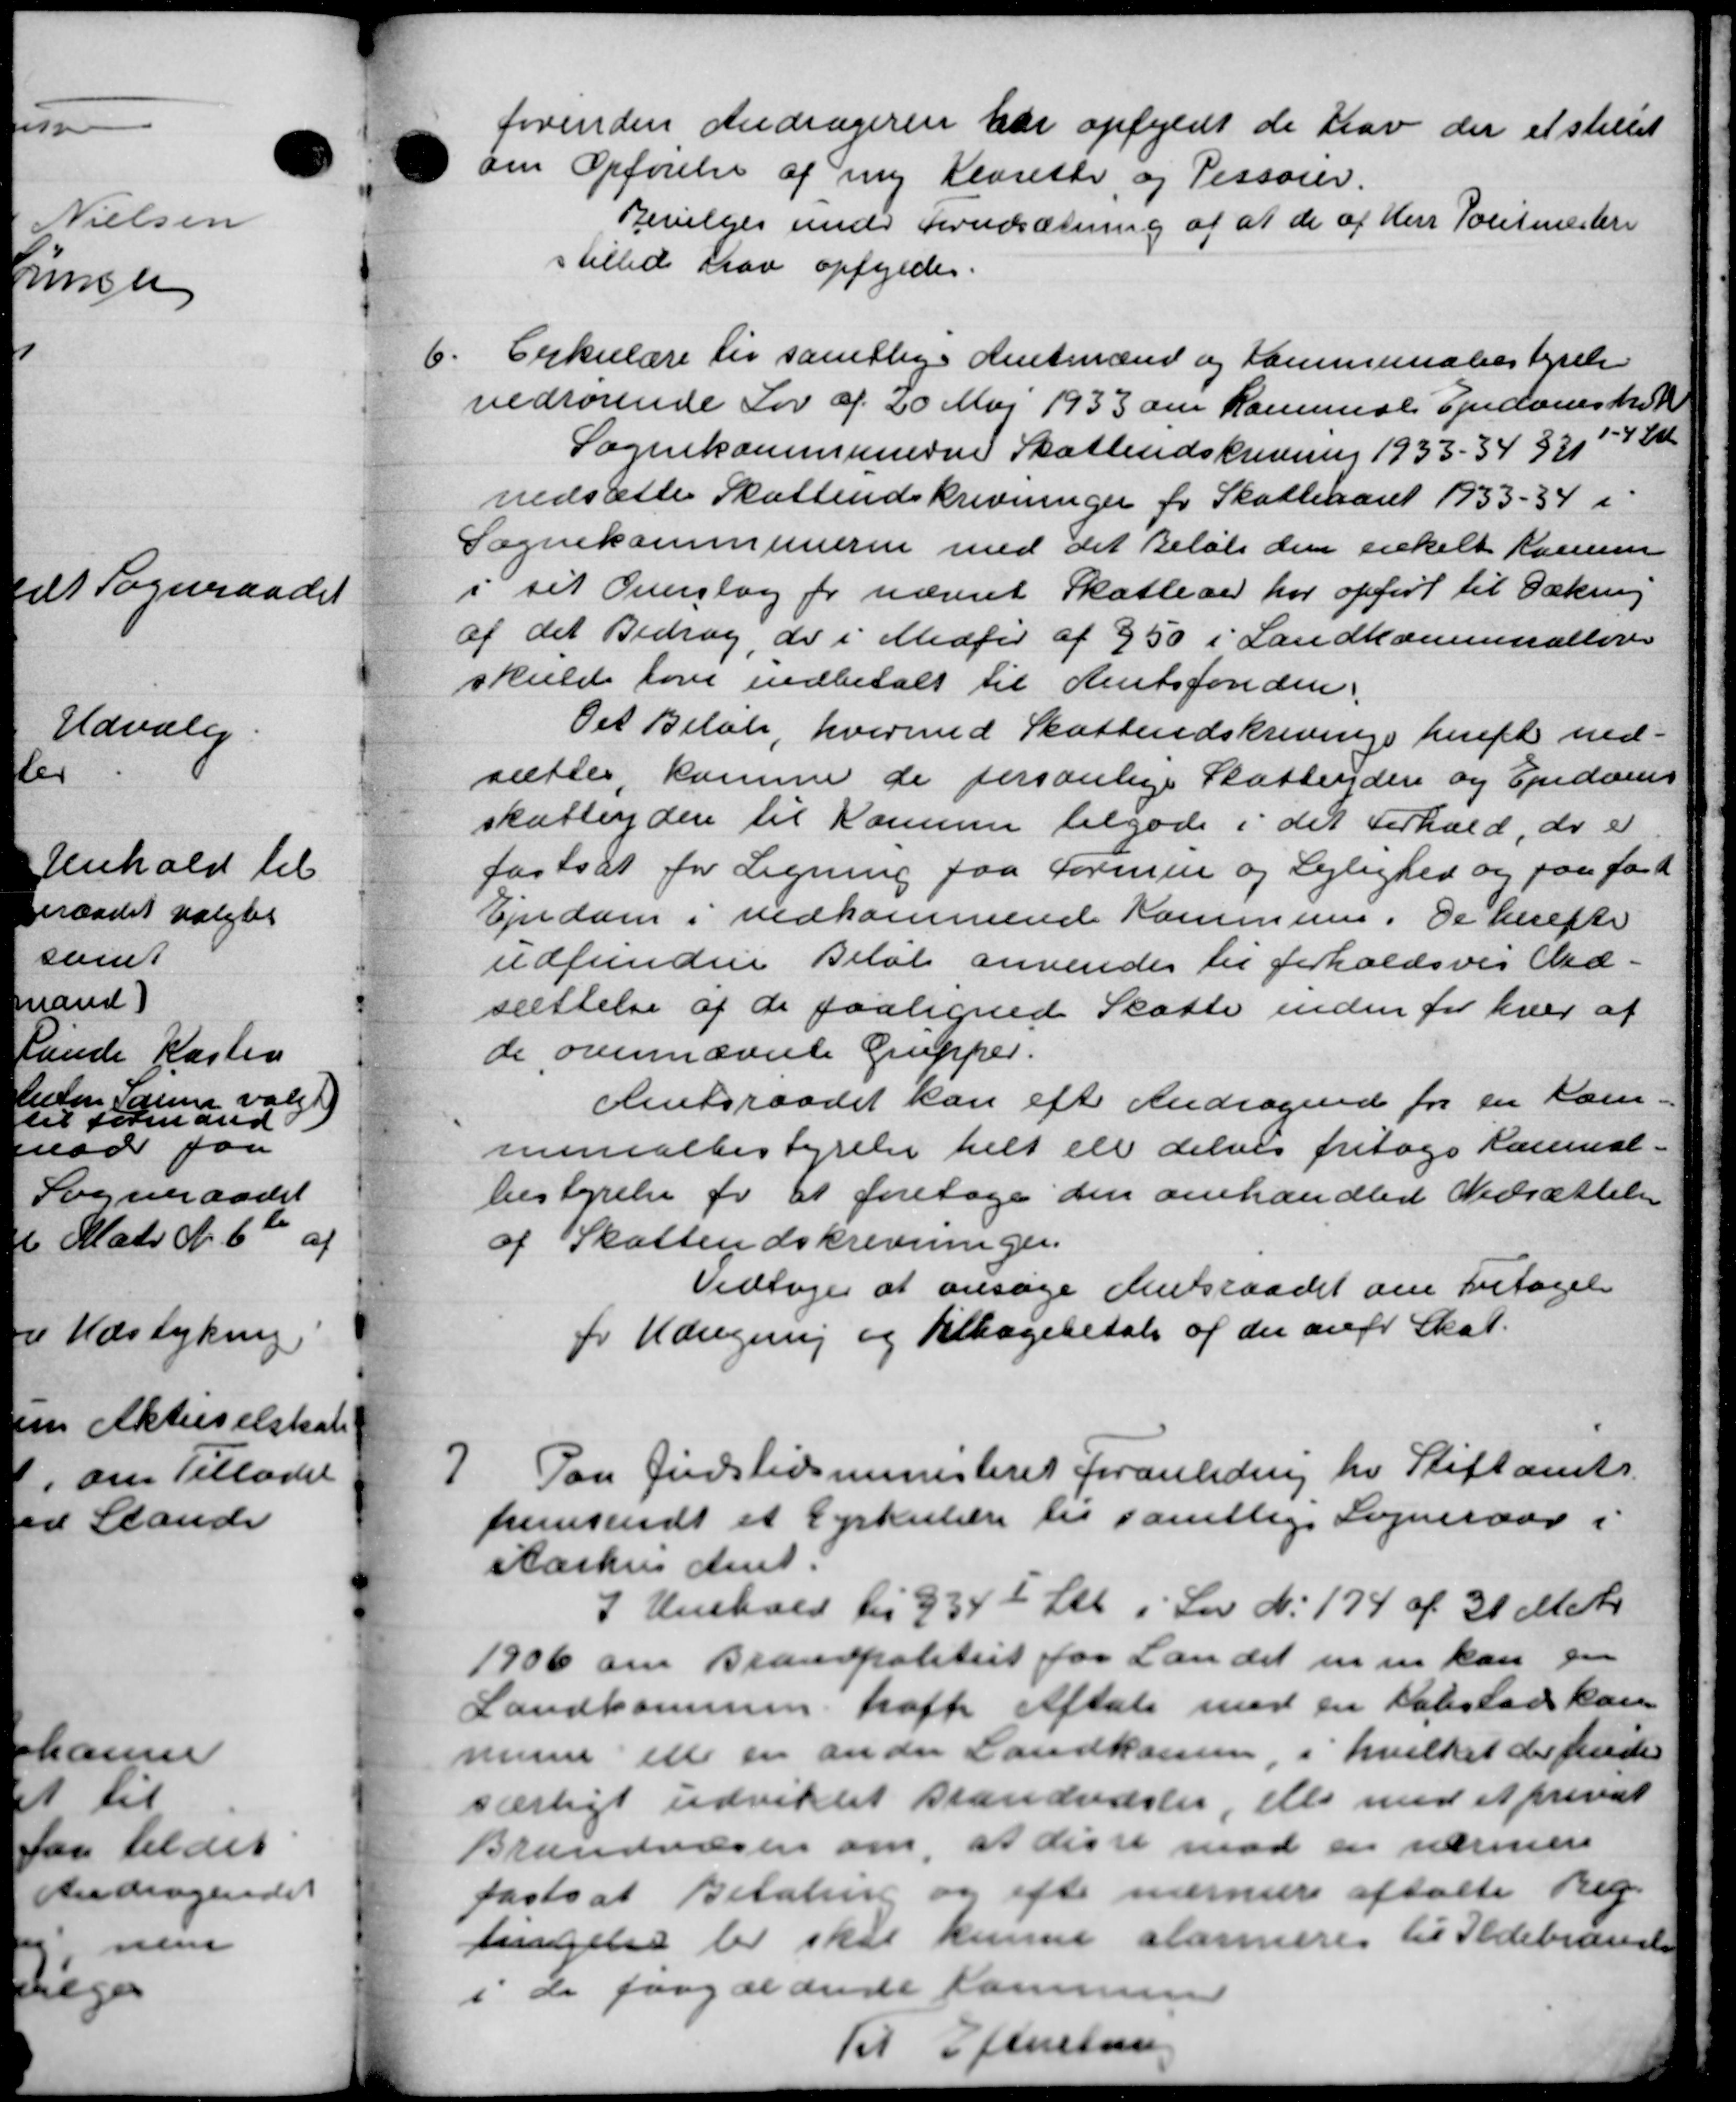
Transskription:
forinden Andrageren har opfyldt de trav der et stillet
om Opførelse af ny Klarethe og Pessorer.
Bevilges under Forudsætning af at de af Herr Politmesteri
stillede har opfyldes.
6.
Cirkulære til samtlige Amtmænd og Kommunebestyrelse
vedrørende Lov af 20 Maj 1933 om Kammeses Ejendomshe
Sognekommunerne Skatteudskrivning 1933 – 34 331 - 4 Stk.
nedsætte Skatteudskrivninger for Skatteaaret 1933 – 34 i
Sognekommunerne med det Beløb den enkelt Komm
i sit Overslag for nævnt Skatteaar har opført til Dækning
af det Bidrag, de i Medfør af 950 i Landkommunelove
skulde love indbetalt til Amtsfonden
Det Beløb, hvermed Skatteudskrivinge hereft ned-
sættes, kamme de personlige Skatteuden og Ejendoms
skatteydere til Kommunen tilgode i det Forhold, der er
fastsat for Ligning paa Formue og Lejlighed og paa fast
Ejendom i vedkommende Kommune. De herefte
udfundere Beløb anvendes til forholdsvis Ud-
sættelse af de paalignede Skatte inden for hver af
de ovennævnte Grupper.
Amtsraadet kan efte Andragende for en Kom-
minialbestyrelse helt ell delvis fritage Kammal-
bestyrelse for at foretage den omhandlede Nedsættelse
af Skatteudskrivninger.
Vedtoges at ansøge Amtsraadet om Fritagelse
for Udregning og tilbagebetale af der anfr Skat.
7
Paa Gudstidsministeriet foranledning her Stiftamts
fremsendt et Cirkulære til samtlige Sogneraad i
Aarhus Amt.
I Henhold til 9342 Stk. i Lov N. 174 af 31 Matr.
1906 om Brandpolitiet for Landet en en kan paa
Landkommen traffe Aftale med en Købstadskon
mune elle en anden Landkassen, i hvilket der findes
særligt udvidet standvæsler, elle med et privat
Brandvæsen om, at disse mod en nærmere
fastsat Betaling og efter nærmere aftalte Reg.
tagelse for skal kunne slarmere til Ildebrænde
i de paagældende Kommen
Til Efterstaa